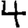
Digit: 4